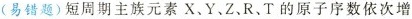
(易错题)短周期主族元素X、Y、Z、R、T的原子序数依次增